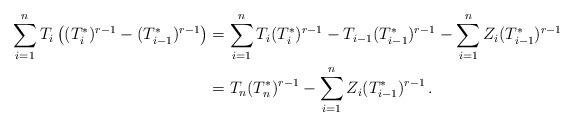
LaTeX: \begin{align*}\sum_{i=1}^n T_i\left ( (T_i^*)^{r-1}-(T_{i-1}^*)^{r-1} \right ) &= \sum_{i=1}^n T_i (T_i^*)^{r-1}- T_{i-1} (T_{i-1}^*)^{r-1} - \sum_{i=1}^n Z_i (T_{i-1}^*)^{r-1} \\ & = T_n (T_n^*)^{r-1} - \sum_{i=1}^n Z_i (T_{i-1}^*)^{r-1} \, . \end{align*}